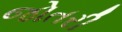
જોતરી